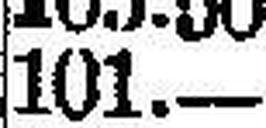
101.—